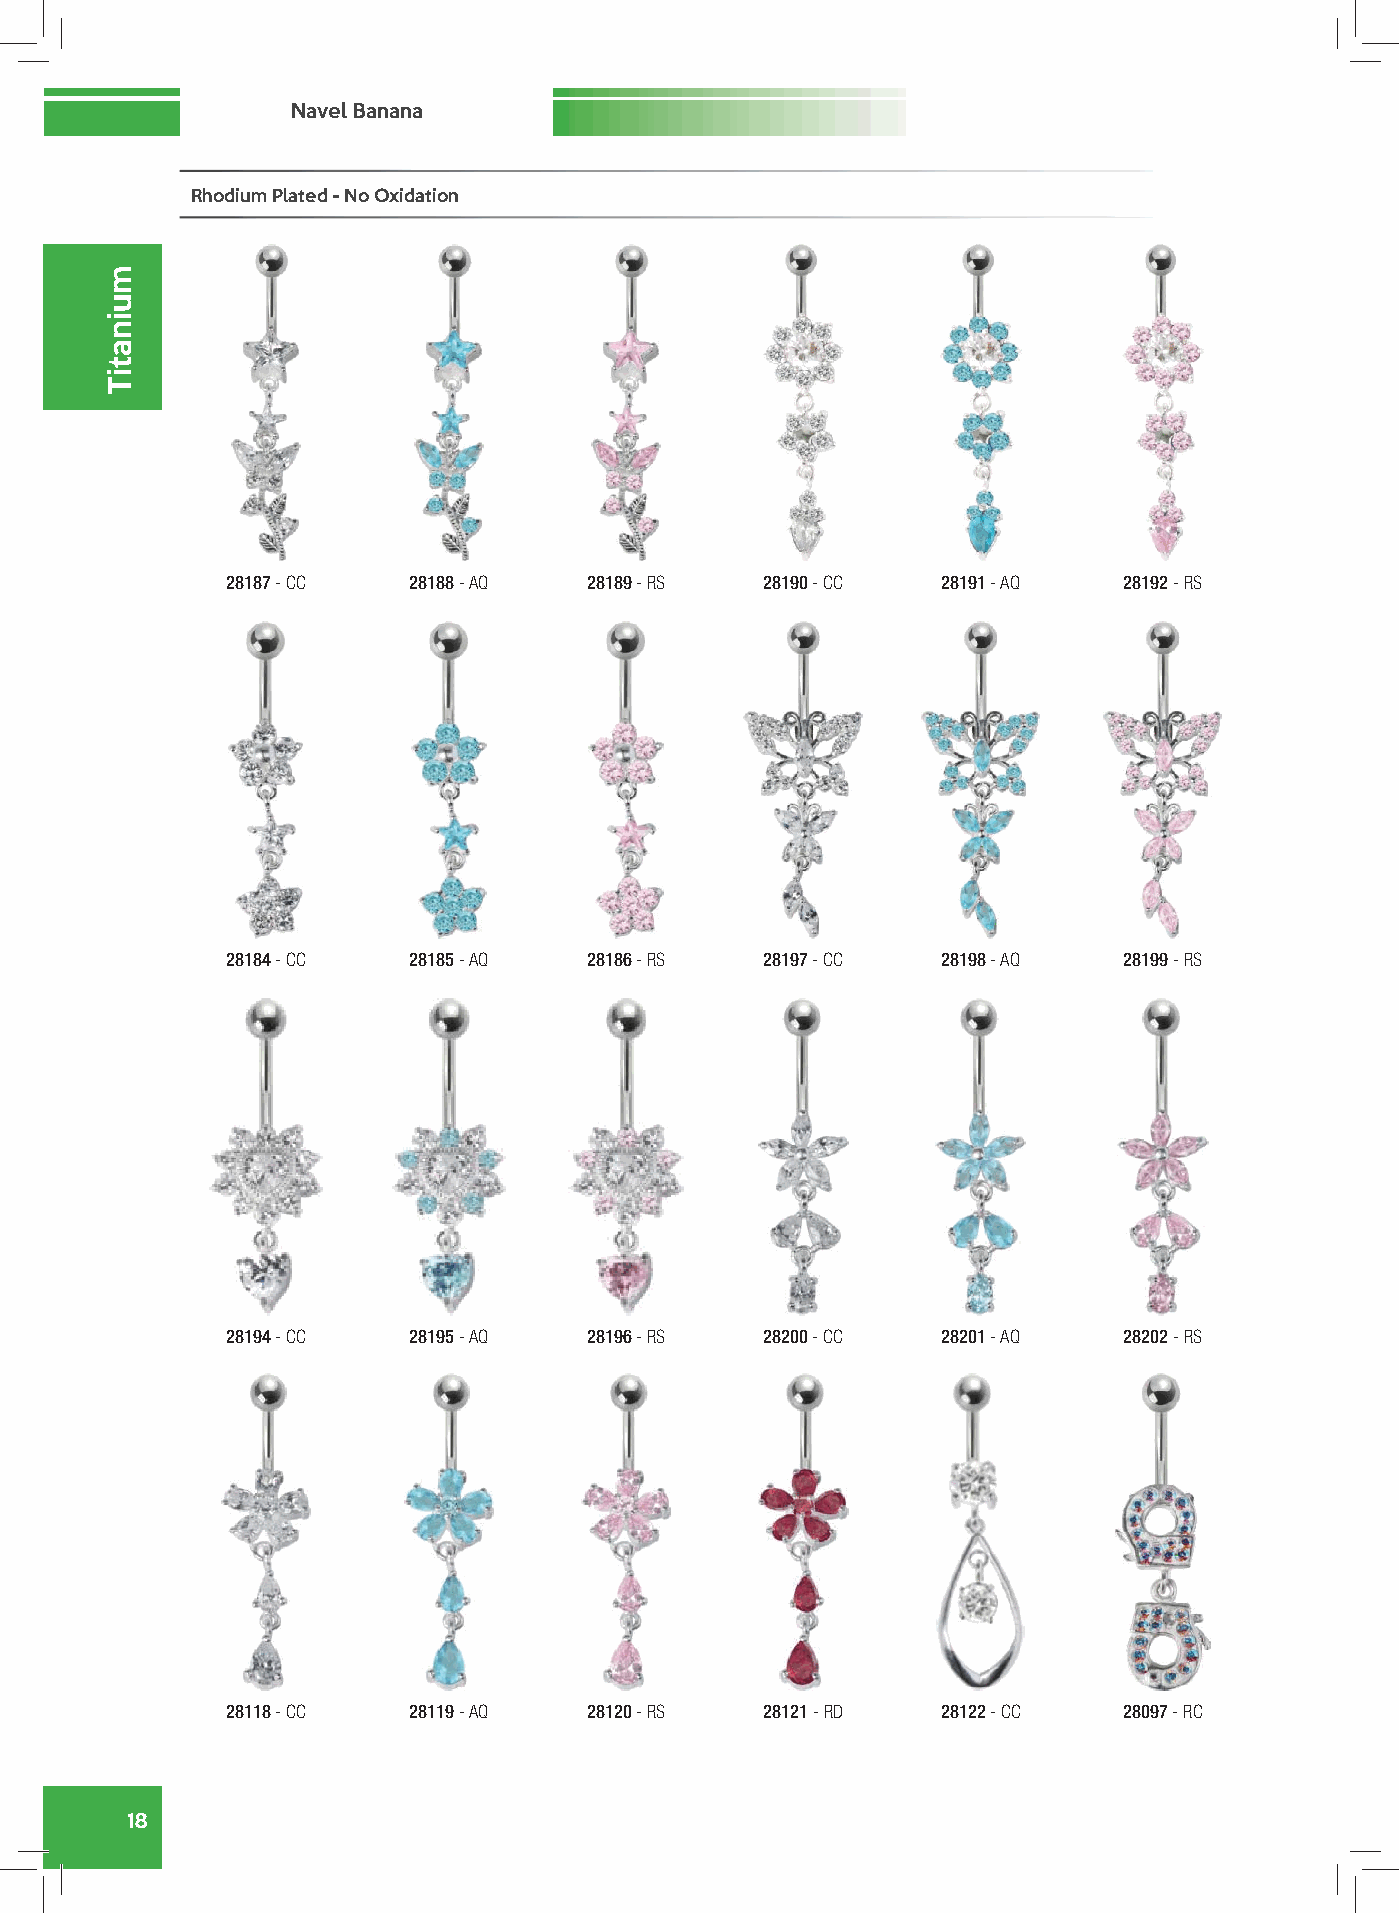
Navel Banana
 Rhodium Plated - No Oxidation
 28187 - CC  28188 - AQ  28189 - RS  28190 - CC 28191 - AQ  28192 - RS
 28184 - CC  28185 - AQ  28186 - RS  28197 - CC 28198 - AQ  28199 - RS
 28194 - CC  28195 - AQ  28196 - RS  28200 - CC 28201 - AQ  28202 - RS
 28118 - CC  28119 - AQ  28120 - RS  28121 - RD 28122 - CC  28097 - RC
 18
 muinatiT